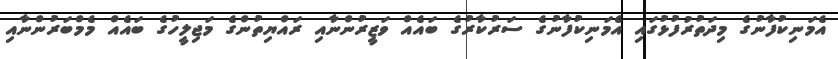
އެމަނިކުފާނުގެ މިދަތުރުފުޅުގައި އެމަނިކުފާނުގެ ސަރުކާރުގެ ބައެއް ވަޒީރުންނާއި ރައްޔިތުންގެ މަޖިލީހުގެ ބައެއް މެމްބަރުންނާއި